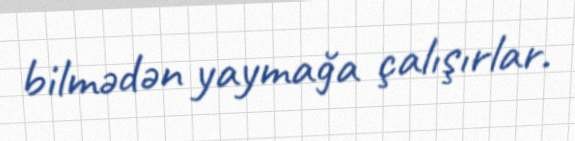
bilmədən yaymağa çalışırlar.